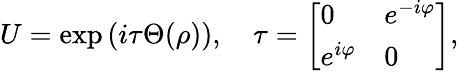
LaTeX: U=\exp\, (i\tau\Theta(\rho)),\quad\tau=\left[\begin{array}{ll}{{0}}&{{e^{-i\varphi}}}\\ {{e^{i\varphi}}}&{{0}}\end{array}\right],